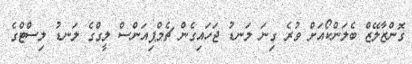
ގޮންޒާލޭޒް ބެލަންކޯއަށް ވުރެ ގިނަ ލަނޑު ޖަހައިގެން ޗެމްޕިއަންސް ލީގްގެ ލަނޑު ލިސްޓްގެ